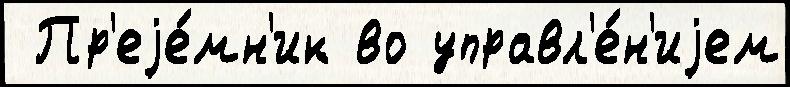
 Пр'еjе́мн'ик во управл'е́н'иjем